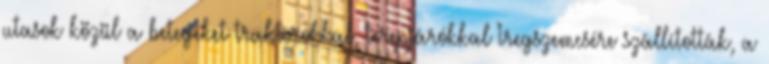
utasok közül a betegeket traktorokkal, terepjárókkal Iregszemcsére szállították, a